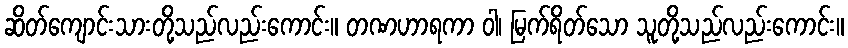
ဆိတ်ကျောင်းသားတို့သည်လည်းကောင်း။ တဏဟာရကာ ဝါ၊ မြက်ရိတ်သော သူတို့သည်လည်းကောင်း။